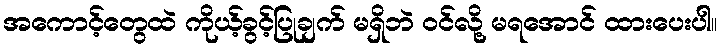
အကောင့်တွေထဲ ကိုယ့်ခွင့်ပြုချက် မရှိဘဲ ဝင်လို့ မရအောင် ထားပေးပါ။